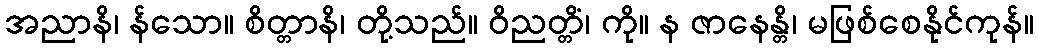
အညာနိ၊ န်သော။ စိတ္တာနိ၊ တို့သည်။ ဝိညတ္တိံ၊ ကို။ န ဇာနေန္တိ၊ မဖြစ်စေနိုင်ကုန်။